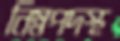
নিম্নপদস্থ